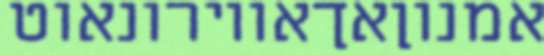
אמנוןאךאווירונאוט